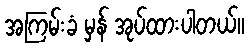
အကြမ်းခံ မှန် အုပ်ထားပါတယ်။